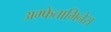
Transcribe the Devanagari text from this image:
अम्फेतामिनेस